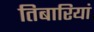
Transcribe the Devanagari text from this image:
तिबारियां